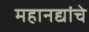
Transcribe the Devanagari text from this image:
महानद्यांचे